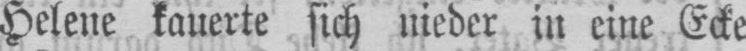
Helene kauerte sich nieder in eine Ecke